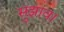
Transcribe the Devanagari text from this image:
सुझाव।